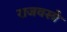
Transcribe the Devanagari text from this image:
राजवस्त्रे